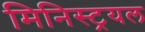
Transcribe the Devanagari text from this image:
मिनिस्ट्रयल